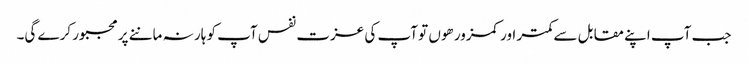
جب آپ اپنے مقابل سے کمتر اور کمزور هوں تو آپ کی عزت نفس آپ کو ہار نہ ماننے پر مجبور کرے گی۔